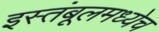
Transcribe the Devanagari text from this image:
इस्तंबूलमध्येच